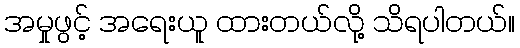
အမှုဖွင့် အရေးယူ ထားတယ်လို့ သိရပါတယ်။